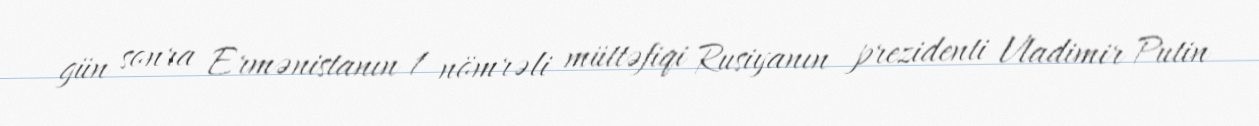
gün sonra Ermənistanın 1 nömrəli müttəfiqi Rusiyanın prezidenti Vladimir Putin